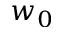
w _ { 0 }